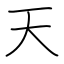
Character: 天